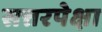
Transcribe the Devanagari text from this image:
सत्तरपेक्षा